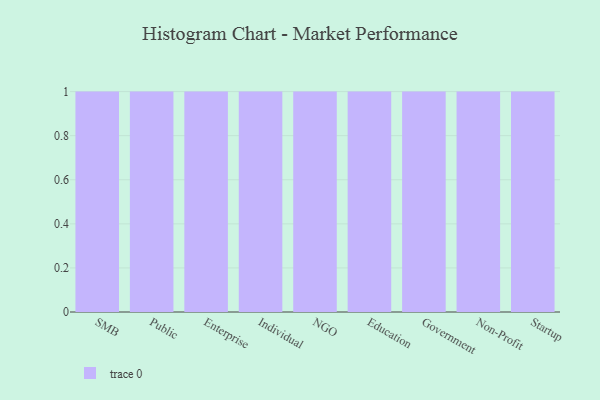
{"axis": {"x": "Segment", "y": "LTV (USD)"}, "legend": [""], "data": [{"x": "SMB", "y": 41, "type": ""}, {"x": "Public", "y": 70, "type": ""}, {"x": "Enterprise", "y": 3, "type": ""}, {"x": "Individual", "y": 93, "type": ""}, {"x": "NGO", "y": 62, "type": ""}, {"x": "Education", "y": 64, "type": ""}, {"x": "Government", "y": 33, "type": ""}, {"x": "Non-Profit", "y": 100, "type": ""}, {"x": "Startup", "y": 18, "type": ""}]}